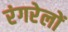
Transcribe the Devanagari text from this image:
रंगरेलों